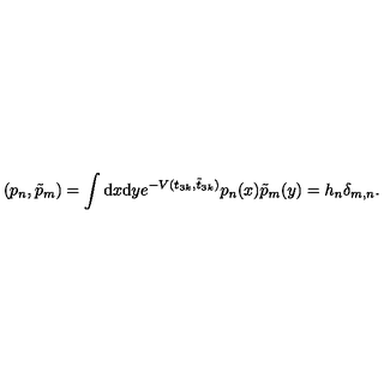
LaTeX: ( p _ { n } , \tilde { p } _ { m } ) = \int \mathrm { d } x \mathrm { d } y e ^ { - V ( t _ { 3 k } , \tilde { t } _ { 3 k } ) } p _ { n } ( x ) \tilde { p } _ { m } ( y ) = h _ { n } \delta _ { m , n } .